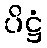
ပိဋ္ဌံ